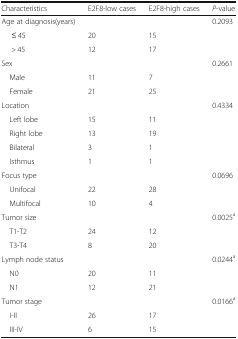
<table><thead><tr><td><b>Characteristics</b></td><td><b>E2F8-low cases</b></td><td><b>E2F8-high cases</b></td><td><b><i>P</i>-value</b></td></tr></thead><tbody><tr><td>Age at diagnosis(years)</td><td>[EMPTY_CELL]</td><td>[EMPTY_CELL]</td><td>0.2093</td></tr><tr><td>≤ 45</td><td>20</td><td>15</td><td>[EMPTY_CELL]</td></tr><tr><td>&gt; 45</td><td>12</td><td>17</td><td>[EMPTY_CELL]</td></tr><tr><td>Sex</td><td>[EMPTY_CELL]</td><td>[EMPTY_CELL]</td><td>0.2661</td></tr><tr><td> Male</td><td>11</td><td>7</td><td>[EMPTY_CELL]</td></tr><tr><td> Female</td><td>21</td><td>25</td><td>[EMPTY_CELL]</td></tr><tr><td>Location</td><td>[EMPTY_CELL]</td><td>[EMPTY_CELL]</td><td>0.4334</td></tr><tr><td> Left lobe</td><td>15</td><td>11</td><td>[EMPTY_CELL]</td></tr><tr><td> Right lobe</td><td>13</td><td>19</td><td>[EMPTY_CELL]</td></tr><tr><td> Bilateral</td><td>3</td><td>1</td><td>[EMPTY_CELL]</td></tr><tr><td> Isthmus</td><td>1</td><td>1</td><td>[EMPTY_CELL]</td></tr><tr><td>Focus type</td><td>[EMPTY_CELL]</td><td>[EMPTY_CELL]</td><td>0.0696</td></tr><tr><td> Unifocal</td><td>22</td><td>28</td><td>[EMPTY_CELL]</td></tr><tr><td> Multifocal</td><td>10</td><td>4</td><td>[EMPTY_CELL]</td></tr><tr><td>Tumor size</td><td>[EMPTY_CELL]</td><td>[EMPTY_CELL]</td><td>0.0025<sup>a</sup></td></tr><tr><td> T1-T2</td><td>24</td><td>12</td><td>[EMPTY_CELL]</td></tr><tr><td> T3-T4</td><td>8</td><td>20</td><td>[EMPTY_CELL]</td></tr><tr><td>Lymph node status</td><td>[EMPTY_CELL]</td><td>[EMPTY_CELL]</td><td>0.0244<sup>a</sup></td></tr><tr><td> N0</td><td>20</td><td>11</td><td>[EMPTY_CELL]</td></tr><tr><td> N1</td><td>12</td><td>21</td><td>[EMPTY_CELL]</td></tr><tr><td>Tumor stage</td><td>[EMPTY_CELL]</td><td>[EMPTY_CELL]</td><td>0.0166<sup>a</sup></td></tr><tr><td> I-II</td><td>26</td><td>17</td><td>[EMPTY_CELL]</td></tr><tr><td> III-IV</td><td>6</td><td>15</td><td>[EMPTY_CELL]</td></tr></tbody></table>